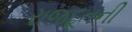
રાજદૂતની